Vaccination in the Punjab 1919-1929 - 1919-1929
Year: 1919
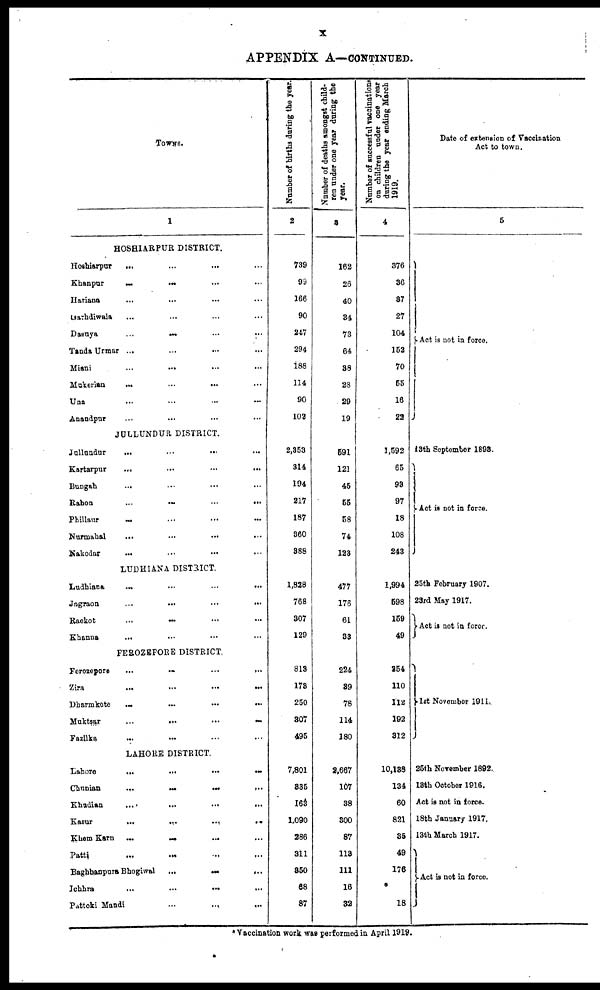
X
APPENDIX A—CONTINUED.
TOWNS.
1
HOSHIARPUR DISTRICT.
Hoshiarpur ... ... ... ...
Khanpur ... ... ... ...
Hariana ... ... ... ...
Garhdiwala ... ... ... ...
Dasuya
...
...
...
...
TandaUrmar ... ... ... ...
Miani ... ... ... ...
Mukerian
...
...
...
...
Una ... ... ... ...
Anandpur ... ... ... ...
JULLUNDUR DISTRICT.
Jullundur ... ... ... ...
Kartarpur ... ... ... ...
Bungah
...
...
...
...
Rahon
...
...
...
...
Phillaur ... ... ... ...
Nurmahal
...
...
...
...
Nakodar ... ... ... ...
LUDHIANA DISTRICT.
Ludhiana
...
...
...
...
Jagraon
...
...
...
...
Raokot
...
...
...
...
Khanna ... ... ... ...
FEROZEPORE DISTRICT.
Ferozepore
...
...
...
...
Zira
...
...
...
...
Dharmkote ... ... ... ...
Muktsar
...
...
...
...
Fazilka ... ... ... ...
LAHORE DISTRICT.
Lahore
...
...
...
...
Chunian
...
...
...
...
Khudian
...
...
...
...
Kasur
...
...
...
...
Khem Karn
...
...
...
...
Patti
...
...
...
...
Baghbanpura Bhogiwal
...
...
...
...
Ichhra
...
...
...
...
Pattoki Mandi
...
...
...
Number of births during the year.
2
739
99
166
90
247
294
188
114
90
103
2,853
314
194
217
187
360
388
1,828
768
307
129
813
173
250
307
495
7,801
835
163
1,090
286
311
350
68
87
Number of deaths amongst child-
ren under one year during the
year.
3
162
26
40
34
73
64
38
28
29
19
691
121
45
55
58
74
123
477
176
61
33
224
89
78
114
180
2,667
107
38
300
87
113
111
16
32
Number of successful vaccinations
on children under one year
during the year ending March
1919.
4
376
36
37
27
104
152
70
55
16
22
1,592
65
93
97
18
108
243
1,994
598
159
49
354
110
112
192
312
10,138
134
60
821
35
49
176
18
Date of extension of Vaccination
Act to town.
5
Act is not in force.
13th September 1898.
Act is not in force.
25th February 1907.
23rd May 1917.
Act is not in force.
1st November 1911
25th November 1892.
13th October 1916.
Act is not in force.
18th January 1917.
13th March 1917.
Act is not in force.
* Vaccination work was performed in April 1919.